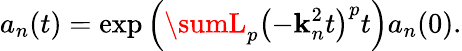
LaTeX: a_{n}(t)=\exp\left(\sumL_{p}\left(-\mathbf{k}_{n}^{2}t\right)^{p}t\right)a_{n}(0).